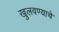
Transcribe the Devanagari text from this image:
खुलवण्याचे